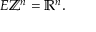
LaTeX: E \mathbb { Z } ^ { n } = \mathbb { R } ^ { n } .